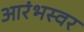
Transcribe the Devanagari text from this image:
आरंभस्वर